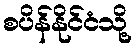
စပိန်နိုင်ငံသို့